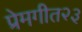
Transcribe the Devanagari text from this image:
प्रेमगीत२३